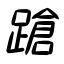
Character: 蹌